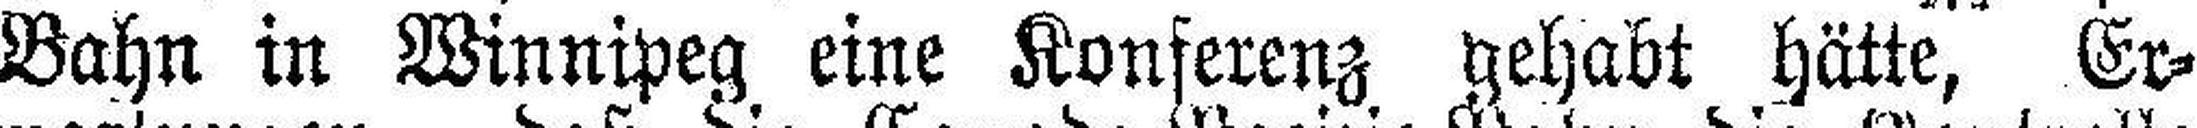
Bahn in Winnipeg eine Konferenz gehabt hätte, Er¬